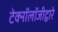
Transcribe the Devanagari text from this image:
टेक्‍नॉलॉजीद्वारे